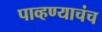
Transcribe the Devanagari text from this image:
पाव्हण्याचंच